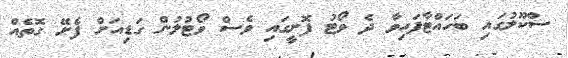
ސްކޫލުގައި ބަހައްޓާފައިވާ ދެ ވޯޓު ފޮށީގައި ވެސް ވޯޓުލުން ގަޑިއަށް ފެށޭ ގޮތެއް